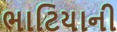
ભાટિયાની